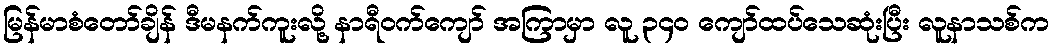
မြန်မာစံတော်ချိန် ဒီမနက်ကူးလို့ နာရီဝက်ကျော် အကြာမှာ လူ ၃၄၀ ကျော်ထပ်သေဆုံးပြီး လူနာသစ်က